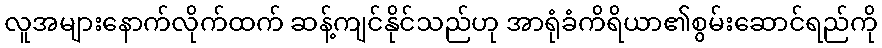
လူအများနောက်လိုက်ထက် ဆန့်ကျင်နိုင်သည်ဟု အာရုံခံကိရိယာ၏စွမ်းဆောင်ရည်ကို